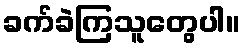
ခက်ခဲကြသူတွေပါ။